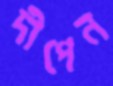
দীপেন